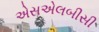
એસએલબીસી